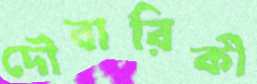
দৌবারিকী